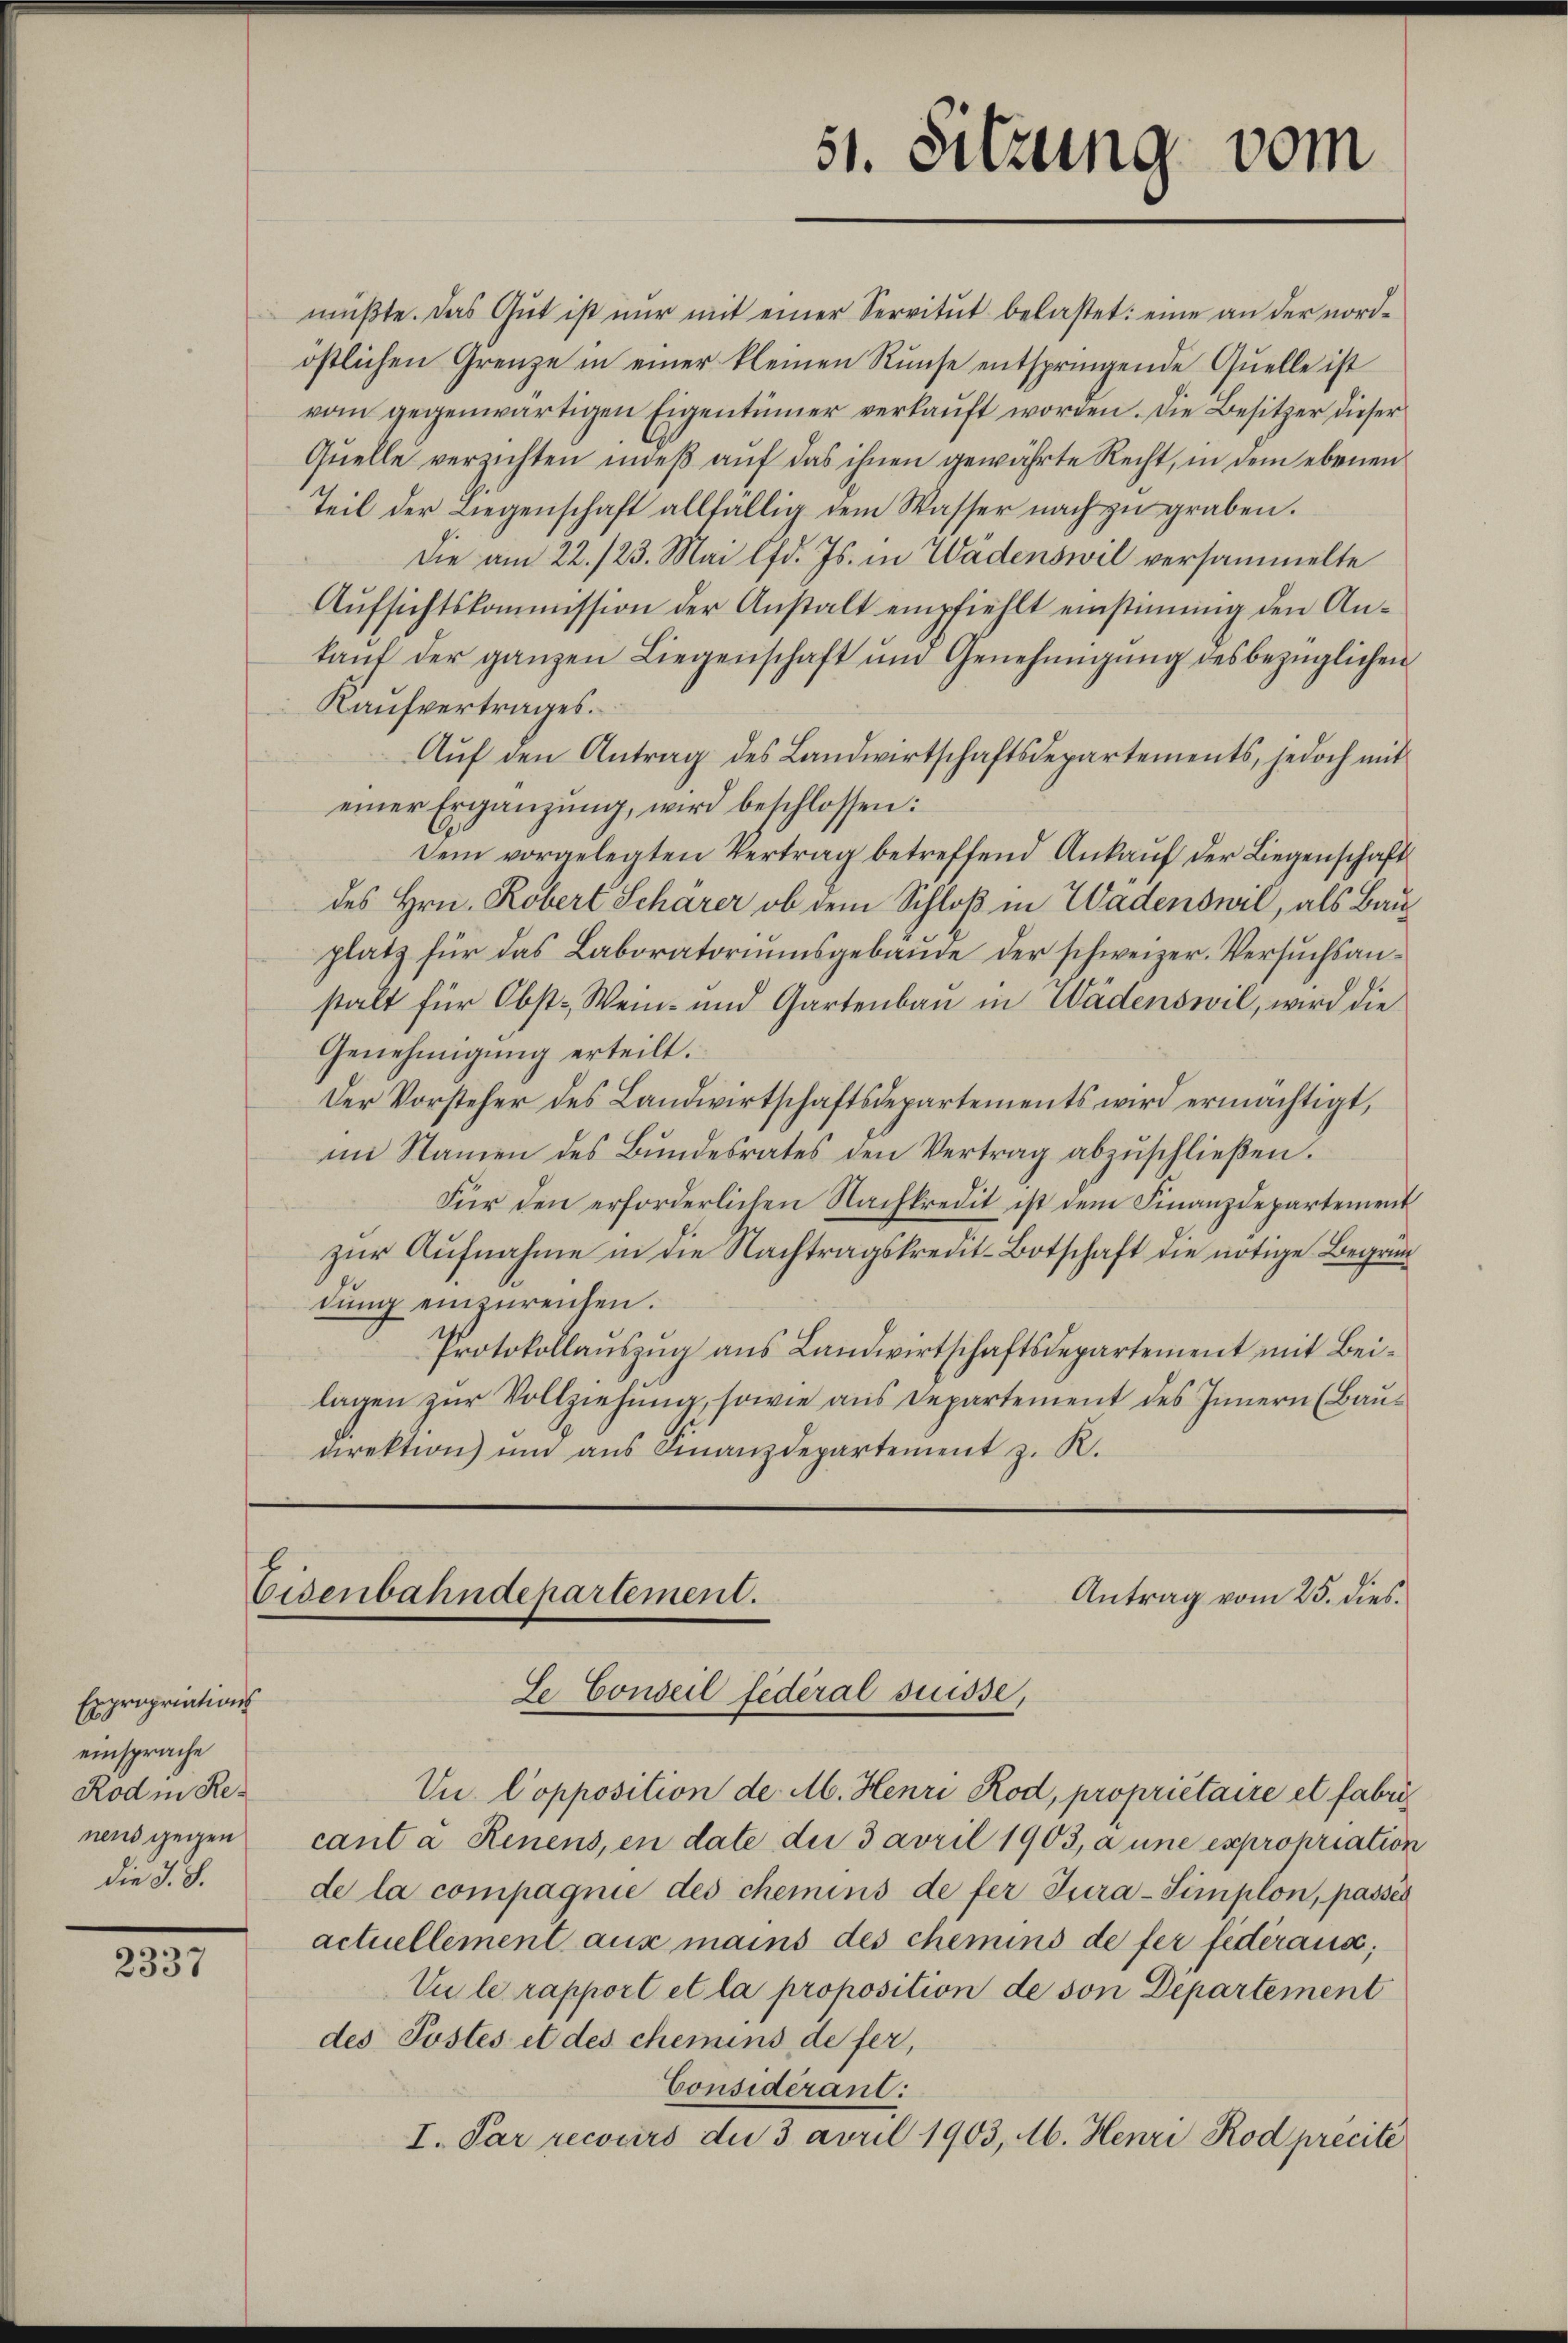
2337

Expropriations
einsprache
Rod in Renens gegen
die S. S.

51. Sitzung vom

müβte. Das Gŭt ist nŭr mit einer Servitŭt belastet: eine an der nordöstlichen Grenze in einer kleinen Runse entspringende Quelle ist
vom gegenwärtigen Eigentümer verkaŭft worden. Die Besitzer dieser
Quelle verzichten indeß auf das ihnen gewährte Recht, in dem ebenen
Teil der Liegenschaft allfällig dem Wasser nach zŭ graben.
Die am 22./23. Mai lfd. Js. in Wädenswil versammelte
Aufsichtskommission der Anstalt empfiehlt einstimmig den Ankaŭf der ganzen Liegenschaft ŭm Genehmigŭng des bezüglichen
Kaufvertrages.
Aŭf den Antrag des Landwirtschaftsdepartements, jedoch mit
einer Ergänzŭng, wird beschlossen:
dem vorgelegten Vertrag betreffend Ankaŭf der Liegenschaft
des Hrn. Robert Scharer ob dem Schloß in Wadenswil, als Bauplatz für das Laboratoriumsgebäude der schweizer. Versuchsanstalt für Obst- Wein- und Gartenbau in Wädenswil, wird die
Genehmigung erteilt.
Der Vorsteher des Landwirtschaftsdepartements wird ermächtigt,
im Stamen des Bŭndesrates den Vertrag abzŭschlieβen.
Für den erforderlichen Nachkredit ist dem Finanzdepartement
zur Aufnahme in die Nachtragskredit-Botschaft die nötige Begründung einzureichen.
Protokollaŭszŭg aŭs Landwirtschaftsdepartement mit Bei-
lagen zur Vollziehung, sowie aus Departement des Innern (Baudirektion um aus Finanzdepartement z. R.

Eisenbahndepartement.
Antrag vom 25. dies.
Se Conseil fédéral suisse,

Vu. Copposition de M. Henri Rod, propriétaire et fabricant a Renens, en date die 3 avril 1903, a une expropriation
de la compagnie des chemins de fer Jura-Simplon, passés
actuellement aus mains des chemins de fer federaus;
Vule rapport et la proposition de son Departement
des Postes et des chemins de fer,
Considerant:
I. Par recours die 3 april 1903, M. Henri Rod précite